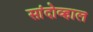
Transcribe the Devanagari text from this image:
सांदोव्हाल